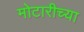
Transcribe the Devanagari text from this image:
मोटारीच्या